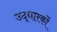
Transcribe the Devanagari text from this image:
उद्धारकों